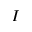
I